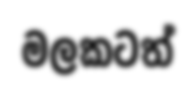
මලකටත්